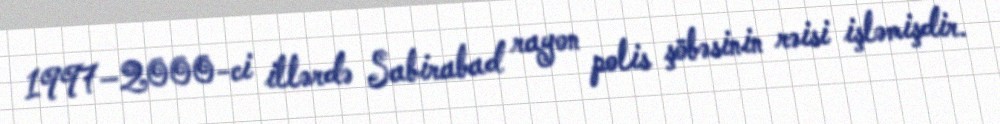
1997–2000-ci illərdə Sabirabad rayon polis şöbəsinin rəisi işləmişdir.